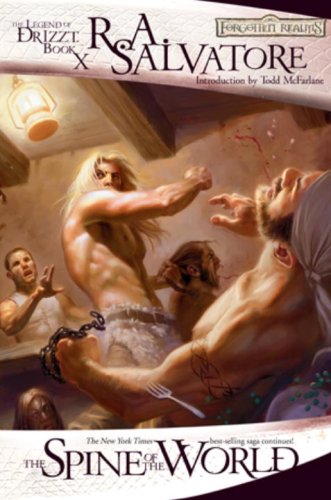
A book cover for The Spine of the World: The Legend of Drizzt, Book XII; R.A. Salvatore; Science Fiction & Fantasy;